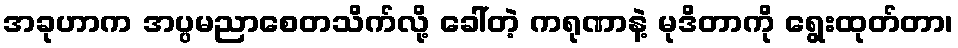
အခုဟာက အပ္ပမညာစေတသိက်လို့ ခေါ်တဲ့ ကရုဏာနဲ့ မုဒိတာကို ရွေးထုတ်တာ၊